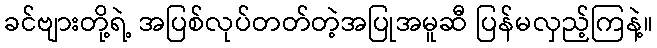
ခင်ဗျားတို့ရဲ့ အပြစ်လုပ်တတ်တဲ့အပြုအမူဆီ ပြန်မလှည့်ကြနဲ့။